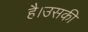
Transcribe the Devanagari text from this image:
है।उसकी